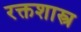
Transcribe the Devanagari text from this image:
रक्तशास्त्र